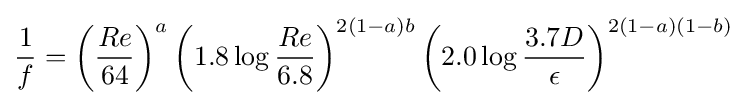
{\frac {1}{f}}=\left({\frac {Re}{64}}\right)^{a}\left(1.8\log {\frac {Re}{6.8}}\right)^{2(1-a)b}\left(2.0\log {\frac {3.7D}{\epsilon }}\right)^{2(1-a)(1-b)}